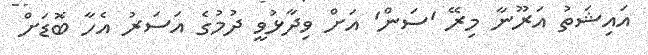
އައިޝަތު އަރޫނާ މިރޭ 'ސަން' އަށް ވިދާޅުވީ ދުމުގެ އަސަރު އެހާ ބޮޑަށް